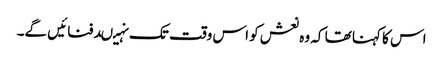
اس کا کہنا تھا کہ وہ نعش کو اس وقت تک نہیںدفنائیں گے۔